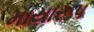
માયારૂપ